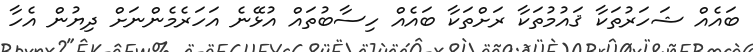
ބައެއް ޝަހަރުތަކާ ޤައުމުތަކާ ރަށްތަކާ ބައެއް ހިސާބުތައް އުޅޭނެ އަހަރެމެންނަށް ދިޔުން އެހާ